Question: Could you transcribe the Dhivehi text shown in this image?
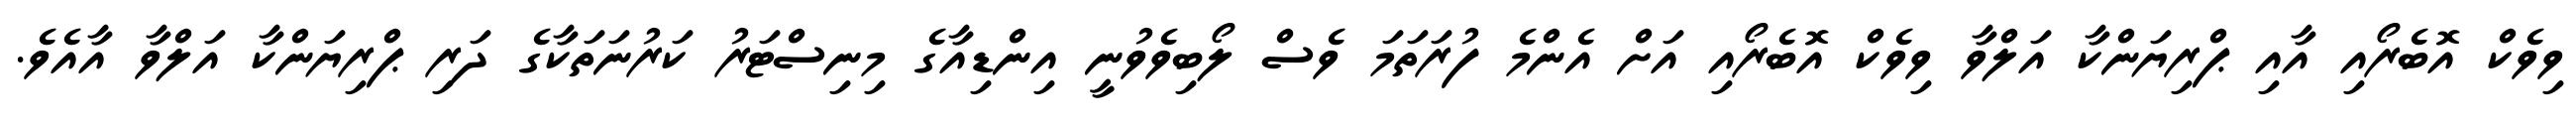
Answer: ވިވެކް އޮބެރޯއި އާއި ޕްރިޔަންކާ އަލްވާ ވިވެކް އޮބެރޯއި އަށް އެންމެ ފުރަތަމަ ވެސް ލޯބިވެވުނީ އިންޑިއާގެ މިނިސްޓަރު ކަރުނަތަކާގެ ދަރި ޕްރިޔަންކާ އަލްވާ އާއެވެ.